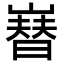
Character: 𡼫